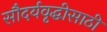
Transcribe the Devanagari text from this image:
सौदर्यवृद्धीसाठी